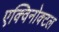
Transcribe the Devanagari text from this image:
एक्विनोक्टल